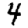
Digit: 4